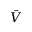
\bar { V }